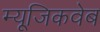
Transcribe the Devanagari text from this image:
म्यूजिकवेब